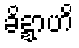
ခိဍ္ဍာဟိ